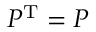
P ^ { \mathrm { T } } = P